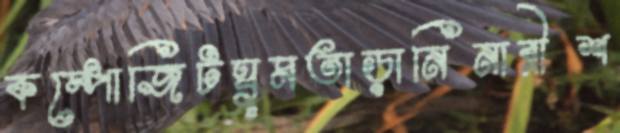
কম্পোজিটঘুমতাড়ানিনারীশ